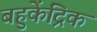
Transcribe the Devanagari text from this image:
बहुकेंद्रिक